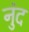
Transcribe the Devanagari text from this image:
नुंद